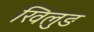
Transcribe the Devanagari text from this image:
खिलुङ